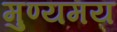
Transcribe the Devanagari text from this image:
मुण्यमय